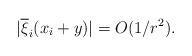
LaTeX: \begin{align*}|\overline{\xi}_i(x_i + y)| = O(1/r^2).\end{align*}